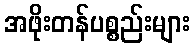
အဖိုးတန်ပစ္စည်းများ